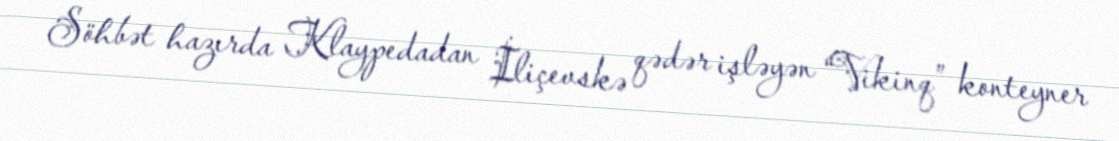
Söhbət hazırda Klaypedadan İliçevskə qədər işləyən “Vikinq” konteyner